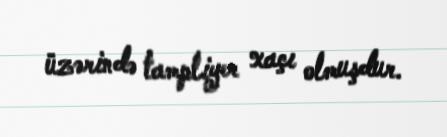
üzərində tampliyer xaçı olmuşdur.